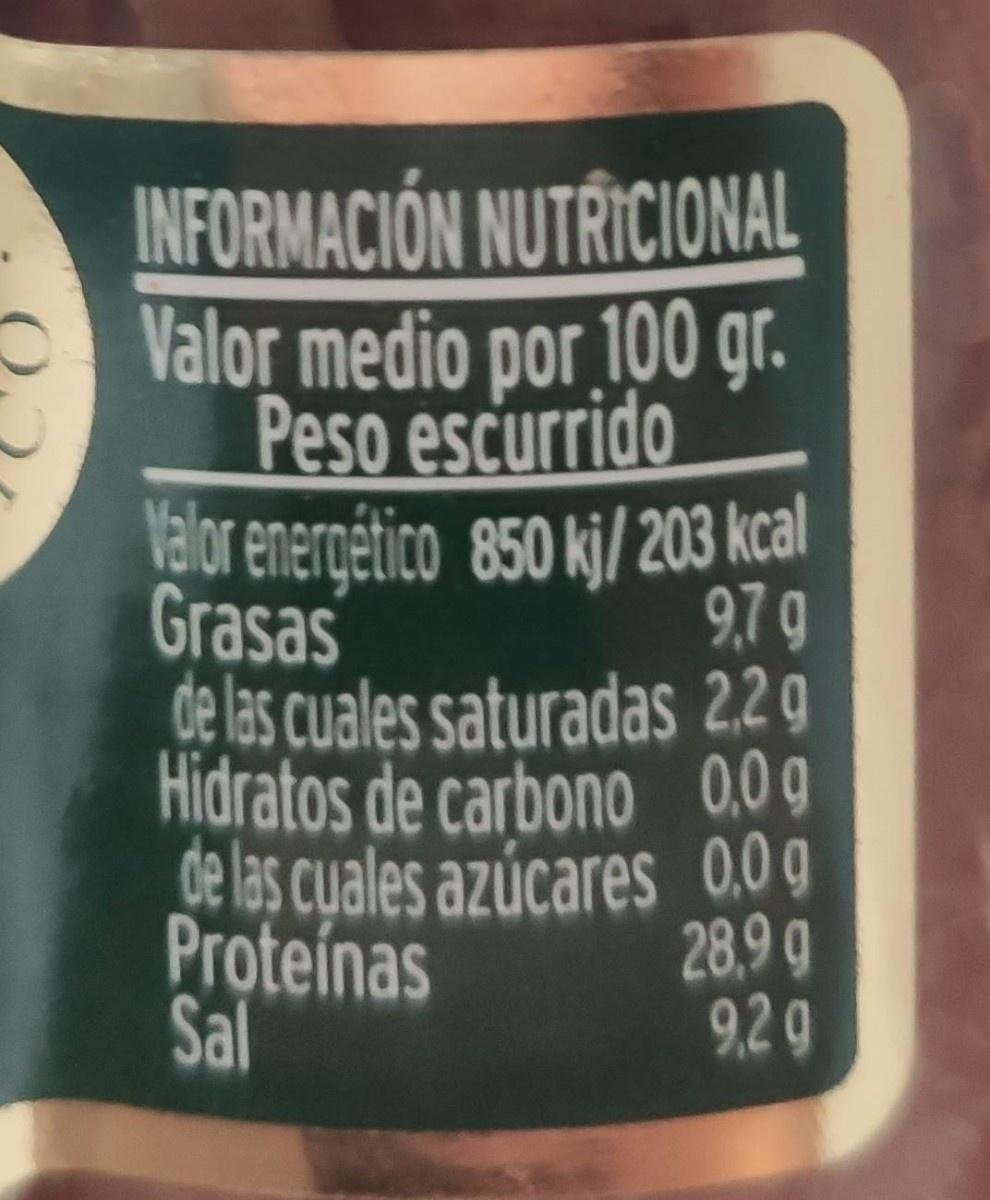
INFORMACION NUTRICIONAL
OValor medio por 100 gr. Peso escurrido
alor energético 850 kj/203 kcal Grasas de las cuales saturadas 22 g Hidratos de carbono 09 de las cuales azúcares 0,0g Proteínas Sal
9,7g
28,9g 9,2 9